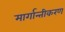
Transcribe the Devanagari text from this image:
मार्गान्तीकरण